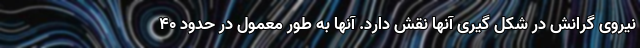
نیروی گرانش در شکل گیری آنها نقش دارد. آنها به طور معمول در حدود 40